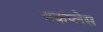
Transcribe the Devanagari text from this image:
वर्कप्लेस